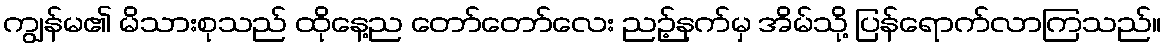
ကျွန်မ၏ မိသားစုသည် ထိုနေ့ည တော်တော်လေး ညဉ့်နက်မှ အိမ်သို့ ပြန်ရောက်လာကြသည်။